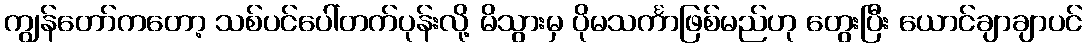
ကျွန်တော်ကတော့ သစ်ပင်ပေါ်တက်ပုန်းလို့ မိသွားမှ ပိုမသင်္ကာဖြစ်မည်ဟု တွေးပြီး ယောင်ချာချာပင်